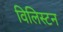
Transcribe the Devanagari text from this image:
विलिस्टन